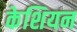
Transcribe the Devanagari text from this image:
केशियन